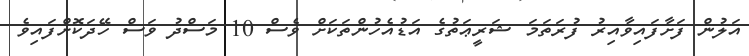
އަލުން ފަށާފައިވާއިރު ފުރަތަމަ ޝަރީޢަތުގެ އަޑުއެހުންތަކަށް ވެސް 10 މަސްދު ވަސް ހޭދަކޮށްފައިވެ